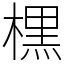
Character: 𣘸